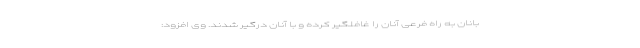
بانان به راه فرعی آنان را غافلگیر کرده و با آنان درگیر شدند. وی افزود: